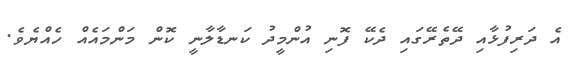
އެ ދަރިފުޅާއި ދޭތެރޭގައި ދެކޭ ފޮނި އުންމީދު ކަނޑާލާނީ ކޮން މަންމައެއް ހެއްޔެވެ.